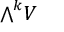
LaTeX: { \textstyle \bigwedge } ^ { k } V